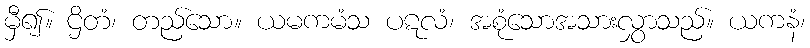
မှီ၍။ ဌိတံ၊ တည်သော။ ယမကမံသ ပဋလံ၊ အစုံသောအသားလွှာသည်။ ယကနံ၊